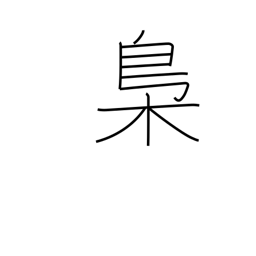
Meaning: owl